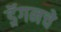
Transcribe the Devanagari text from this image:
ड्रॅगनचे